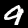
Digit: 9